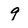
Character: 9